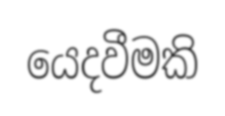
යෙදවීමකි